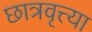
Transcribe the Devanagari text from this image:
छात्रवृत्त्या